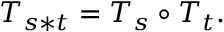
T _ { s * t } = T _ { s } \circ T _ { t } .